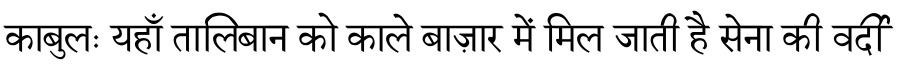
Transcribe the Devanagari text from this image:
काबुलः यहाँ तालिबान को काले बाज़ार में मिल जाती है सेना की वर्दी